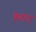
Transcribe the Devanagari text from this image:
हेवाद